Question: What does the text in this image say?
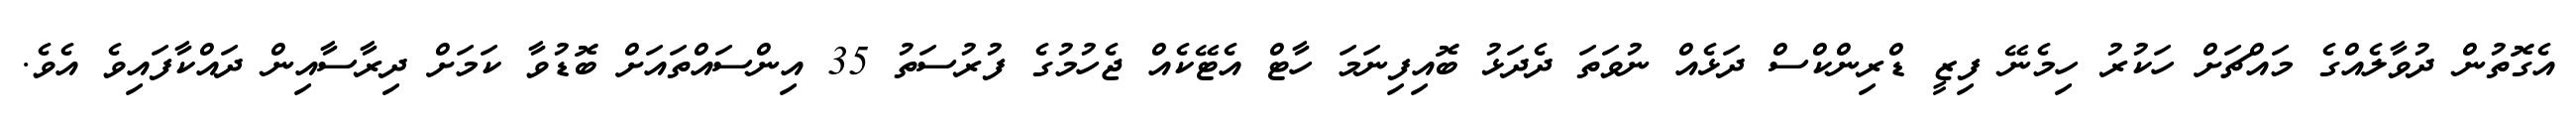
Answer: އެގޮތުން ދުވާލެއްގެ މައްޗަށް ހަކުރު ހިމެނޭ ފިޒީ ޑްރިންކްސް ދަޅެއް ނުވަތަ ދެދަޅު ބޮއިފިނަމަ ހާޓް އެޓޭކެއް ޖެހުމުގެ ފުރުސަތު 35 އިންސައްތައަށް ބޮޑުވާ ކަމަށް ދިރާސާއިން ދައްކާފައިވެ އެވެ.